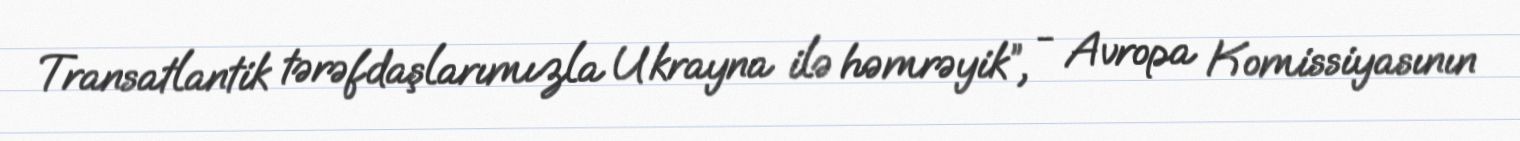
Transatlantik tərəfdaşlarımızla Ukrayna ilə həmrəyik”, - Avropa Komissiyasının